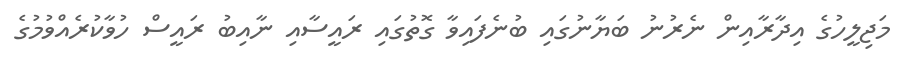
މަޖިލީހުގެ އިދާރާއިން ނެރުނު ބަޔާނުގައި ބުނެފައިވާ ގޮތުގައި ރައީސާއި ނާއިބު ރައީސް ހުވާކުރެއްވުމުގެ